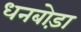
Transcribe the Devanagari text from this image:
धनबोड़ा